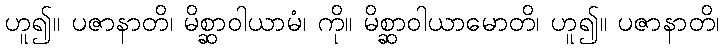
ဟူ၍။ ပဇာနာတိ၊ မိစ္ဆာဝါယာမံ၊ ကို။ မိစ္ဆာဝါယာမောတိ၊ ဟူ၍။ ပဇာနာတိ၊